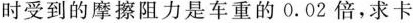
时受到的摩擦阻力是车重的0.02倍，求卡